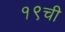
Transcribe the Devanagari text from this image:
१९ची